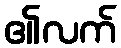
၏လက်